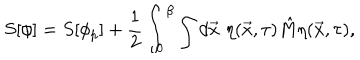
LaTeX: S [ \phi ] = S [ \phi _ { p } ] + \frac { 1 } { 2 } \int _ { 0 } ^ { \beta } \int d \vec { x } \, \, \eta ( \vec { x } , \tau ) \hat { M } \eta ( \vec { x } , \tau ) ,